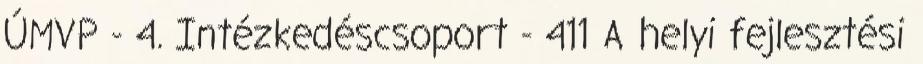
ÚMVP - 4. Intézkedéscsoport - 411 A helyi fejlesztési